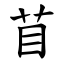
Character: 苜